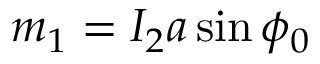
m _ { 1 } = I _ { 2 } a \sin \phi _ { 0 }